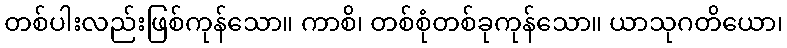
တစ်ပါးလည်းဖြစ်ကုန်သော။ ကာစိ၊ တစ်စုံတစ်ခုကုန်သော။ ယာသုဂတိယော၊